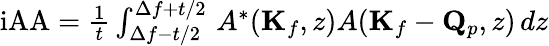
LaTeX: \begin{array}{l}{\mathrm{iAA}=\frac{1}{t}\int_{\Delta f-t/2}^{\Delta f+t/2}\, A^{*}(\mathbf{K}_{f},z)A(\mathbf{K}_{f}-\mathbf{Q}_{p},z)\, dz}\end{array}